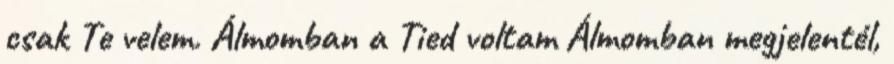
csak Te velem. Álmomban a Tied voltam Álmomban megjelentél,